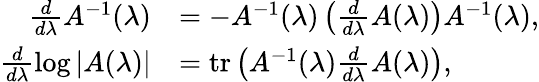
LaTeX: \begin{array}{rl}{\frac{d}{d\lambda}A^{-1}(\lambda)}&{=-A^{-1}(\lambda)\left(\frac{d}{d\lambda}A(\lambda)\right)A^{-1}(\lambda),}\\ {\frac{d}{d\lambda}\log|A(\lambda)|}&{=\mathrm{tr}\left(A^{-1}(\lambda)\frac{d}{d\lambda}A(\lambda)\right),}\end{array}